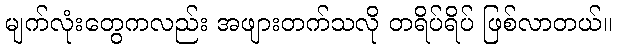
မျက်လုံးတွေကလည်း အဖျားတက်သလို တရိပ်ရိပ် ဖြစ်လာတယ်။